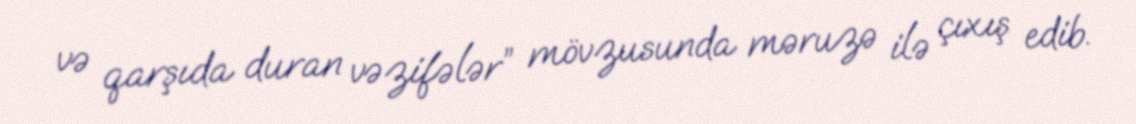
və qarşıda duran vəzifələr” mövzusunda məruzə ilə çıxış edib.